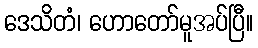
ဒေသိတံ၊ ဟောတော်မူအပ်ပြီ။